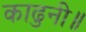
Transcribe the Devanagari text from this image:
काढुनी॥